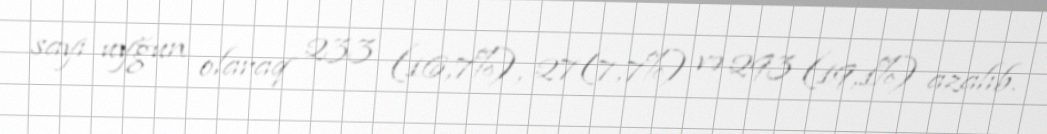
sayı uyğun olaraq 233 (16,7%), 27(7,7%) və 293 (19,1%) azalıb.